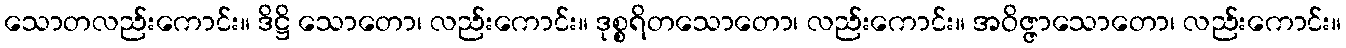
သောတလည်းကောင်း။ ဒိဋ္ဌိ သောတော၊ လည်းကောင်း။ ဒုစ္စရိတသောတော၊ လည်းကောင်း။ အဝိဇ္ဇာသောတော၊ လည်းကောင်း။